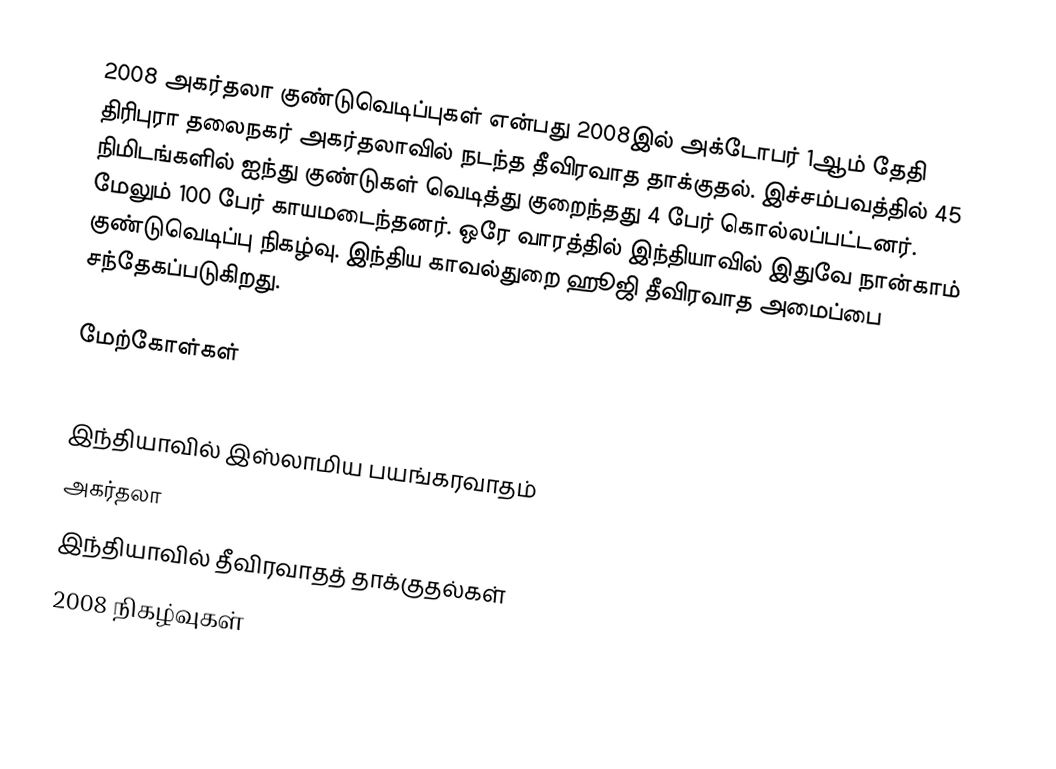
2008 அகர்தலா குண்டுவெடிப்புகள் என்பது 2008இல் அக்டோபர் 1ஆம் தேதி திரிபுரா தலைநகர் அகர்தலாவில் நடந்த தீவிரவாத தாக்குதல். இச்சம்பவத்தில் 45 நிமிடங்களில் ஐந்து குண்டுகள் வெடித்து குறைந்தது 4 பேர் கொல்லப்பட்டனர். மேலும் 100 பேர் காயமடைந்தனர். ஒரே வாரத்தில் இந்தியாவில் இதுவே நான்காம் குண்டுவெடிப்பு நிகழ்வு. இந்திய காவல்துறை ஹூஜி தீவிரவாத அமைப்பை சந்தேகப்படுகிறது.

மேற்கோள்கள்

இந்தியாவில் இஸ்லாமிய பயங்கரவாதம்
அகர்தலா
இந்தியாவில் தீவிரவாதத் தாக்குதல்கள்
2008 நிகழ்வுகள்